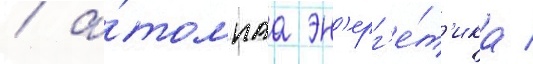
/ а́томнаа эн'ерг'е́т'ика /